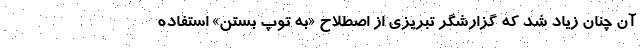
آن چنان زیاد شد که گزارشگر تبریزی از اصطلاح «به توپ بستن» استفاده